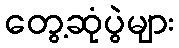
တွေ့ဆုံပွဲများ